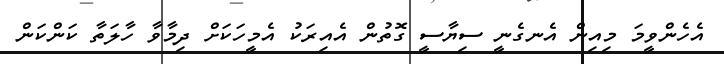
އެހެންވީމަ މިއިން އެނގެނީ ސިޔާސީ ގޮތުން އެއިރަކު އެމީހަކަށް ދިމާވާ ހާލަތާ ކަންކަން